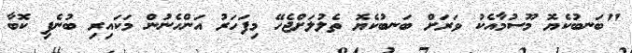
"ބަނބުކެޔޮ މޫސުމާއެކު ވަރަށް ބަނބުކެޔޮ ތެލުލަށްޖެހޭ މިފަހަރު އަންހެނުން މަކައިރި ބުނެފި ކޮބާ